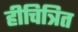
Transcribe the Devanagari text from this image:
हीचित्रित